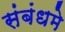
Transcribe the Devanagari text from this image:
संबंधमे